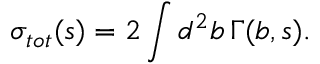
\sigma _ { t o t } ( s ) = 2 \int d ^ { 2 } b \, \Gamma ( b , s ) .